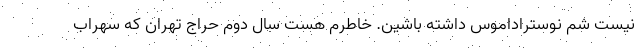
نیست شم نوستراداموس داشته باشین. خاطرم هست سال دوم حراج تهران که سهراب